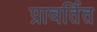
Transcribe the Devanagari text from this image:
प्रावर्तित